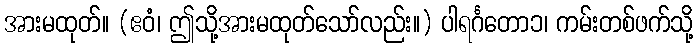
အားမထုတ်။ (ဧဝံ၊ ဤသို့အားမထုတ်သော်လည်း။) ပါရင်္ဂတော၁၊ ကမ်းတစ်ဖက်သို့